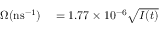
\begin{array} { r l } { \Omega ( \mathrm { n s } ^ { - 1 } ) } & { { } = 1 . 7 7 \times 1 0 ^ { - 6 } \sqrt { I ( t ) } } \end{array}